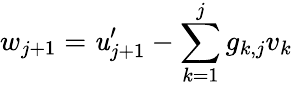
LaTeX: w_{j+1}=\mathit{u}_{j+1}^{\prime}-\sum_{k=1}^{j}g_{k,j}v_{k}